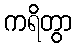
ကရိတွာ